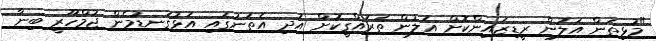
"މުޅިތަން އަލުން ރީޑިޒައިންކޮށް އަލުން ތަރައްގީކޮށް އަދި އެތަނުގައި އަޅުގަނޑުމެން ޖުމްހޫރީ ބިނާ